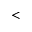
<